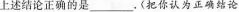
上述结论正确的是___。( 把你认为正确结论